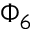
\Phi _ { 6 }